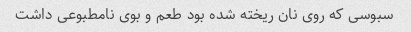
سبوسی که روی نان ریخته شده بود طعم و بوی نامطبوعی داشت